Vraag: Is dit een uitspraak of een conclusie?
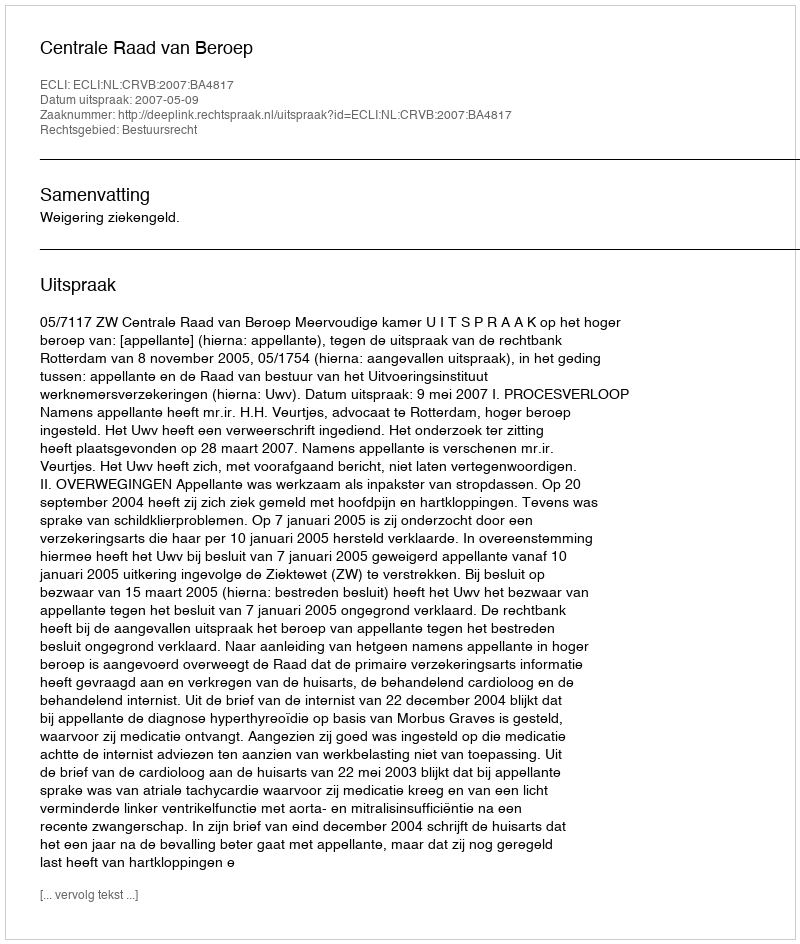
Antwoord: Uitspraak